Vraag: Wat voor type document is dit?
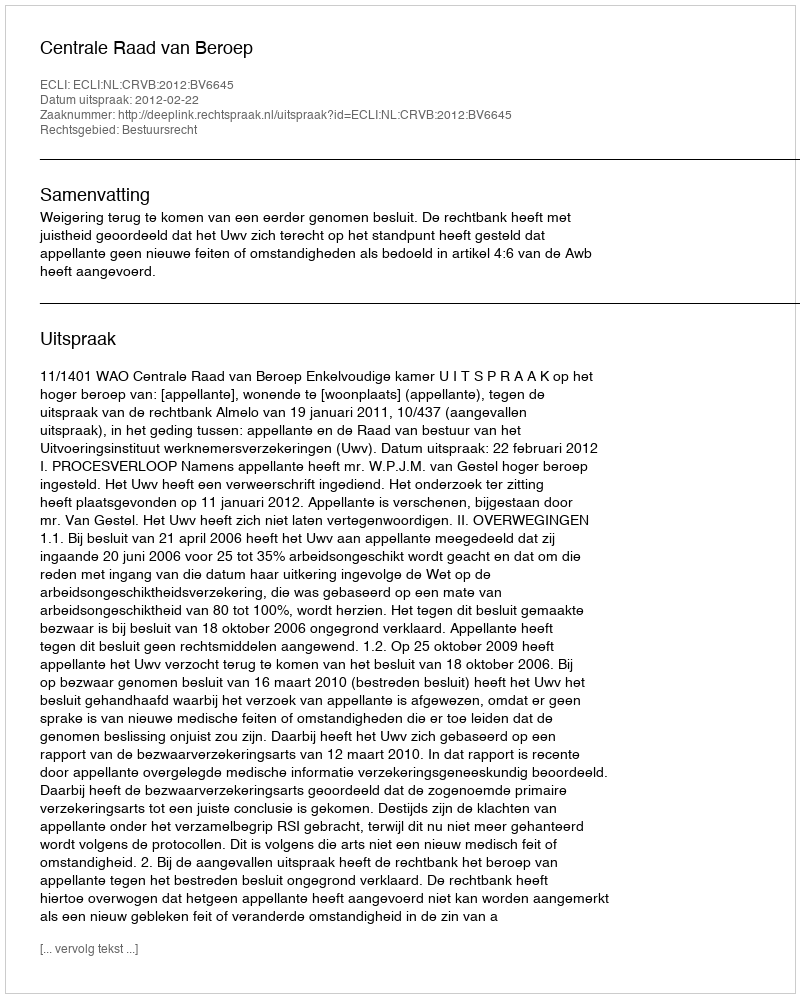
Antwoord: Uitspraak